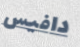
دافيس